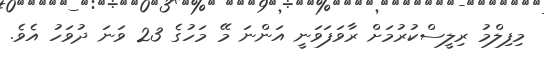
މިފިލްމު ރިލީސްކުރުމަށް ރާވަފަވަނީ އަންނަ މޭ މަހުގެ 23 ވަނަ ދުވަހު އެވެ.